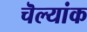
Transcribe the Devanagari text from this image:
चॆल्यांक